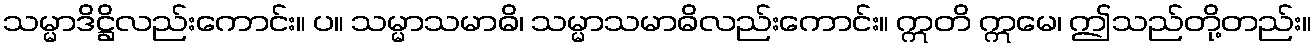
သမ္မာဒိဋ္ဌိလည်းကောင်း။ ပ။ သမ္မာသမာဓိ၊ သမ္မာသမာဓိလည်းကောင်း။ ဣတိ ဣမေ၊ ဤသည်တို့တည်း။